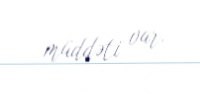
müddəti var.